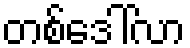
တစ်ဒေါ်လာ